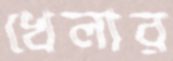
খেলার